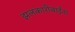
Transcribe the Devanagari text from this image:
झलकारीबाईंना